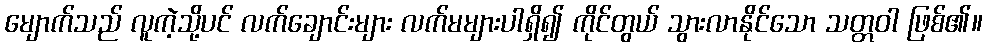
မျောက်သည် လူကဲ့သို့ပင် လက်ချောင်းများ လက်မများပါရှိ၍ ကိုင်တွယ် သွားလာနိုင်သော သတ္တဝါ ဖြစ်၏။